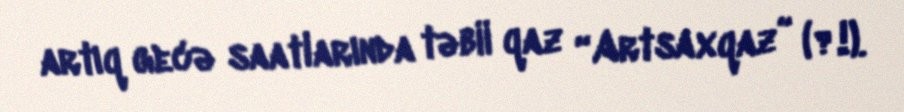
artıq gecə saatlarında təbii qaz “Artsaxqaz” (?!).